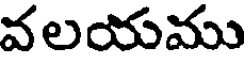
వలయము